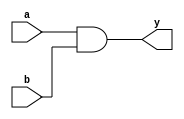
module andbynand(a,b,y);
	input a,b;
	output y;
	assign y = ~(~(a&b));
endmodule